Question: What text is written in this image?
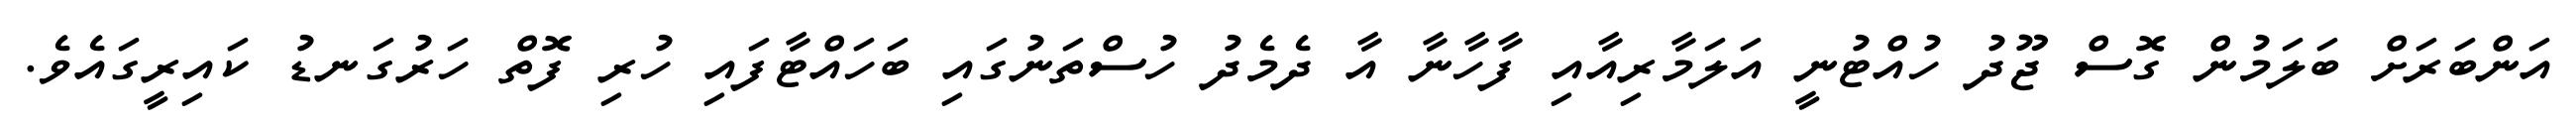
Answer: އަންބަރަށް ބަލަމުން ގޮސް ޖޫދު ހުއްޓުނީ އަލަމާރިއާއި ފާހާނާ އާ ދެމެދު ހުސްތަނުގައި ބަހައްޓާފައި ހުރި ފޮތް ހަރުގަނޑު ކައިރީގައެވެ.